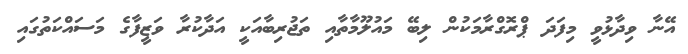
އޭނާ ވިދާޅުވީ މިފަދަ ޕްރޮގްރާމަކުން ލިބޭ މައުލޫމާތާއި ތަޖުރިބާއަކީ އަދާކުރާ ވަޒީފާގެ މަސައްކަތުގައި